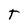
Character: T